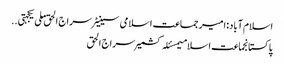
اسلام آباد:امیر جماعت اسلامی سینیٹر سراج الحق ملی یکجہتی ..
پاکستانجماعت اسلامیمسئلہ کشمیرسراج الحق